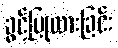
ခွင့်ပြုထားခြင်း